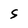
Character: s